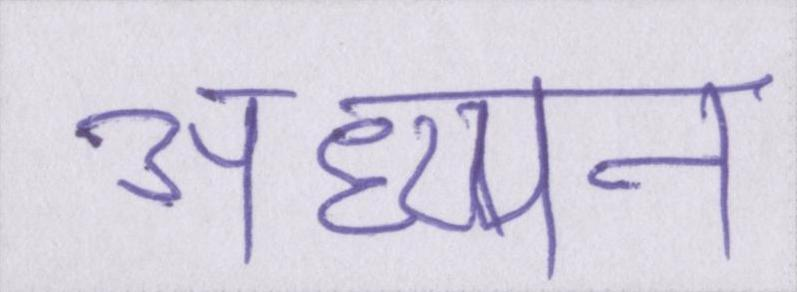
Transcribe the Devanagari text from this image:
अध्य्यन